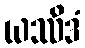
ယဿိဒံ